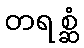
တရစ္ဆံ